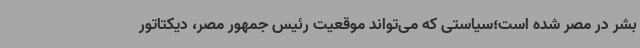
بشر در مصر شده است؛سیاستی که می‌تواند موقعیت رئیس جمهور مصر، دیکتاتور